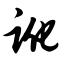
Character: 讹